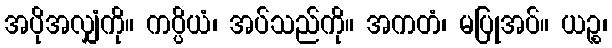
အပိုအလျှံကို။ ကပ္ပိယံ၊ အပ်သည်ကို။ အကတံ၊ မပြုအပ်။ ယဉ္စ၊